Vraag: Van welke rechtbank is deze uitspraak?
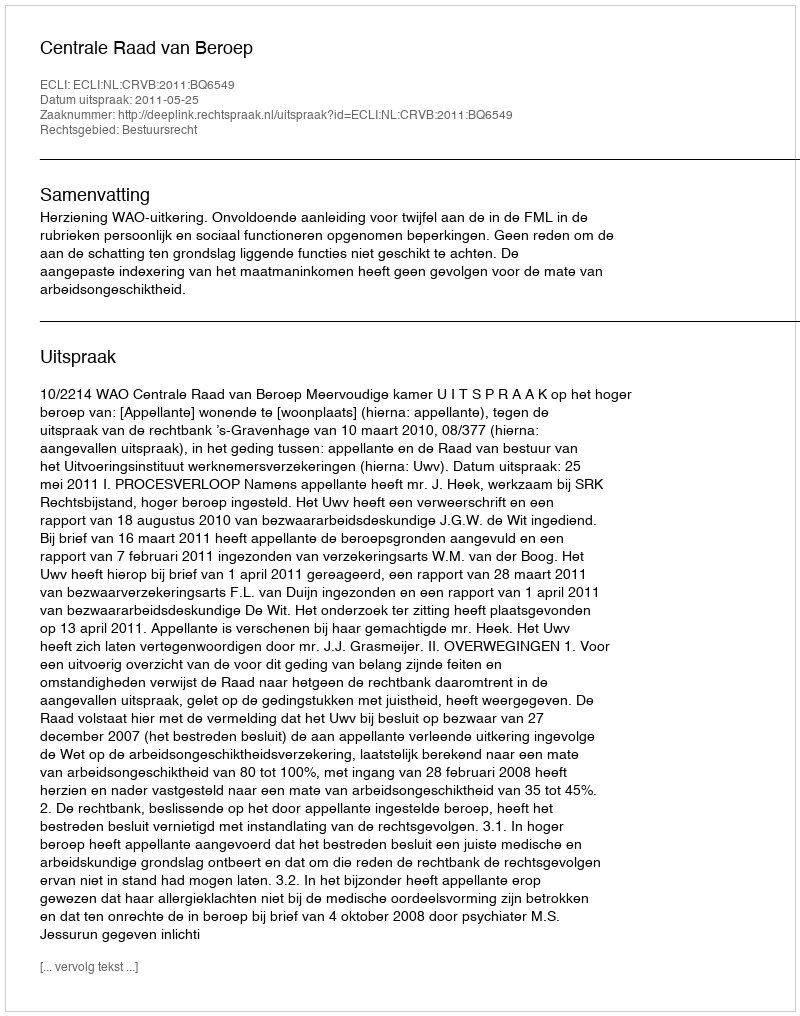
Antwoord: Centrale Raad van Beroep